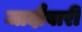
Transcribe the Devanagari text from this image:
जादौबारी